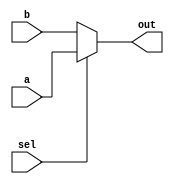
module vector_continuous_assignment(
    input  [7:0] a,        // 8-bit input vector a
    input  [7:0] b,        // 8-bit input vector b
    input  sel,            // 1-bit select signal
    output [7:0] out       // 8-bit output vector
);

// Continuous assignment based on the select signal
assign out = (sel) ? a : b;

endmodule